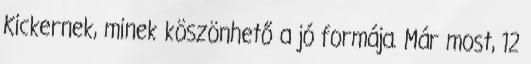
Kickernek, minek köszönhető a jó formája. Már most, 12